Civil Veterinary Department Bengal reports 1933-51 - 1933-1951
Year: 1933
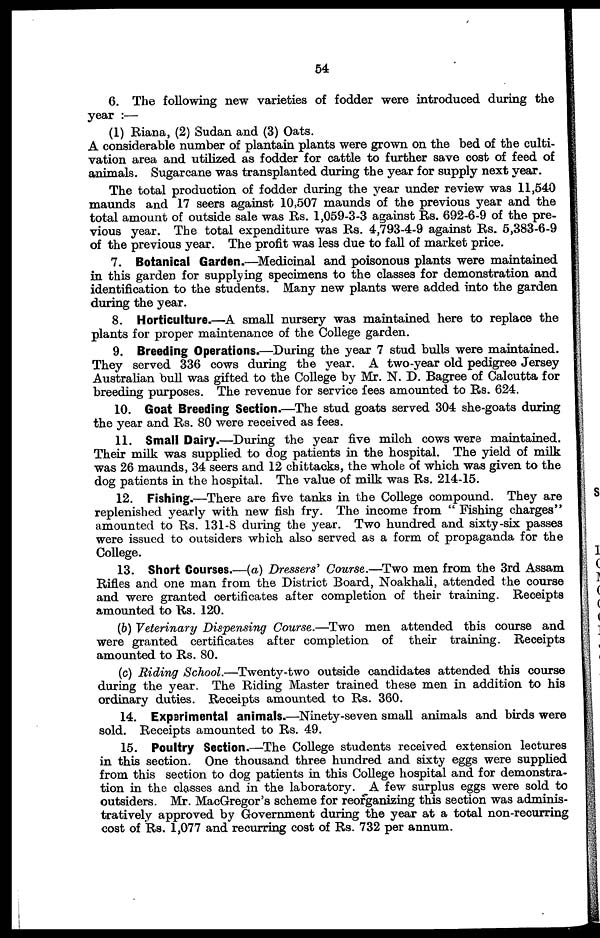
54
6. The following new varieties of fodder were introduced during the
year :—
(1) Riana, (2) Sudan and (3) Oats.
A considerable number of plantain plants were grown on the bed of the culti-
vation area and utilized as fodder for cattle to further save cost of feed of
animals. Sugarcane was transplanted during the year for supply next year.
The total production of fodder during the year under review was 11,540
maunds and 17 seers against 10,507 maunds of the previous year and the
total amount of outside sale was Rs. 1,059-3-3 against Rs. 692-6-9 of the pre-
vious year. The total expenditure was Rs. 4,793-4-9 against Rs. 5,383-6-9
of the previous year. The profit was less due to fall of market price.
7. Botanical Garden.—Medicinal and poisonous plants were maintained
in this garden for supplying specimens to the classes for demonstration and
identification to the students. Many new plants were added into the garden
during the year.
8. Horticulture.—A small nursery was maintained here to replace the
plants for proper maintenance of the College garden.
9. Breeding Operations.—During the year 7 stud bulls were maintained.
They served 336 cows during the year. A two-year old pedigree Jersey
Australian bull was gifted to the College by Mr. N. D. Bagree of Calcutta for
breeding purposes. The revenue for service fees amounted to Rs. 624.
10. Goat Breeding Section.—The stud goats served 304 she-goats during
the year and Rs. 80 were received as fees.
11. Small Dairy.—During the year five milch cows were maintained.
Their milk was supplied to dog patients in the hospital. The yield of milk
was 26 maunds, 34 seers and 12 chittacks, the whole of which was given to the
dog patients in the hospital. The value of milk was Rs. 214-15.
12. Fishing.—There are five tanks in the College compound. They are
replenished yearly with new fish fry. The income from " Fishing charges"
amounted to Rs. 131-8 during the year. Two hundred and sixty-six passes
were issued to outsiders which also served as a form of propaganda for the
College.
13. Short Courses.—(a) Dressers' Course.—Two men from the 3rd Assam
Rifles and one man from the District Board, Noakhali, attended the course
and were granted certificates after completion of their training. Receipts
amounted to Rs. 120.
(b) Veterinary Dispensing Course.—Two men attended this course and
were granted certificates after completion of their training. Receipts
amounted to Rs. 80.
(c) Riding School.—Twenty-two outside candidates attended this course
during the year. The Riding Master trained these men in addition to his
ordinary duties. Receipts amounted to Rs. 360.
14. Experimental animals.—Ninety-seven small animals and birds were
sold. Receipts amounted to Rs. 49.
15. Poultry Section.—The College students received extension lectures
in this section. One thousand three hundred and sixty eggs were supplied
from this section to dog patients in this College hospital and for demonstra-
tion in the classes and in the laboratory. A few surplus eggs were sold to
outsiders. Mr. MacGregor's scheme for reorganizing this section was adminis-
tratively approved by Government during the year at a total non-recurring
cost of Rs. 1,077 and recurring cost of Rs. 732 per annum.